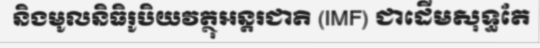
និងមូលនិធិរូបិយវត្ថុអន្តរជាតិ (IMF) ជាដើមសុទ្ធតែ